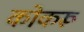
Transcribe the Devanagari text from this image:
कोकरू